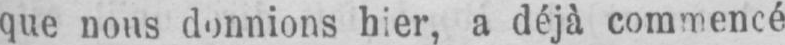
a déjà commencé